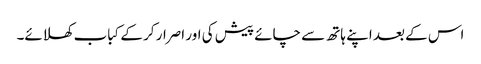
اس کے بعد اپنے ہاتھ سے چائے پیش کی اور اصرار کر کے کباب کھلائے۔